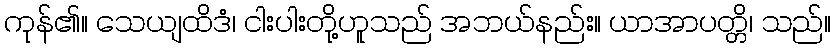
ကုန်၏။ သေယျထိဒံ၊ ငါးပါးတို့ဟူသည် အဘယ်နည်း။ ယာအာပတ္တိ၊ သည်။